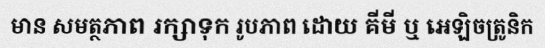
មាន សមត្ថភាព រក្សាទុក រូបភាព ដោយ គីមី ឬ អេឡិចត្រូនិក